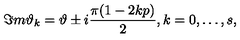
\Im m \vartheta _ { k } = \vartheta \pm i \frac { \pi ( 1 - 2 k p ) } { 2 } , k = 0 , \ldots , s ,